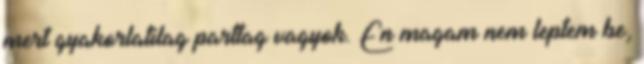
mert gyakorlatilag parttag vagyok. En magam nem leptem be,